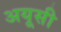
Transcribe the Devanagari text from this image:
अयूसी